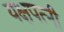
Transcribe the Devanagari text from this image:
यक्षपत्‍नी